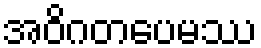
အဝိဂတပေမဿ